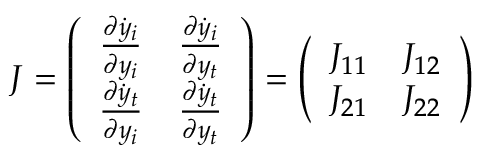
J = \left( \begin{array} { c c } { \frac { \partial \dot { y } _ { i } } { \partial y _ { i } } } & { \frac { \partial \dot { y } _ { i } } { \partial y _ { t } } } \\ { \frac { \partial \dot { y } _ { t } } { \partial y _ { i } } } & { \frac { \partial \dot { y } _ { t } } { \partial y _ { t } } } \end{array} \right) = \left( \begin{array} { c c } { J _ { 1 1 } } & { J _ { 1 2 } } \\ { J _ { 2 1 } } & { J _ { 2 2 } } \end{array} \right)